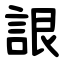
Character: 詪